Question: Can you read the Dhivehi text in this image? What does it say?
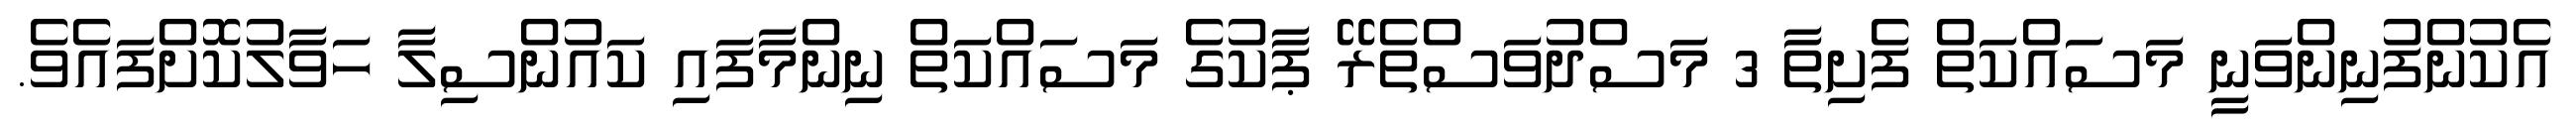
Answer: އެކުންފުނިންވަނީ މަސައްކަތް ފެށިތާ 3 މަސްދުވަސްތެރޭ ޕާކުގެ މަސައްކަތް ނިންމާފައި ކައުންސިލާ ހަވާލުކޮށްފައެވެ.